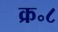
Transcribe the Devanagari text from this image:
क्र॰८